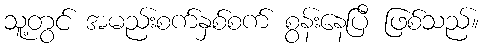
သူ့တွင် အမည်းစက်နှစ်စက် စွန်းနေပြီ ဖြစ်သည်။